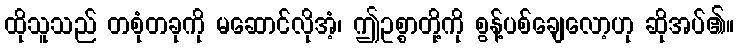
ထိုသူသည် တစုံတခုကို မဆောင်လိုအံ့၊ ဤဥစ္စာတို့ကို စွန့်ပစ်ချေလော့ဟု ဆိုအပ်၏။